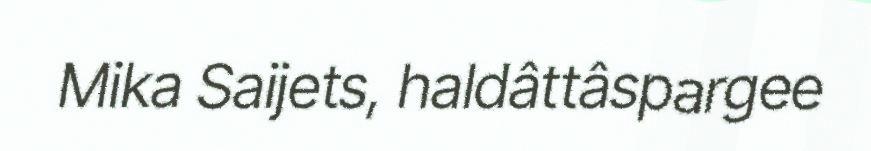
Mika Saijets, haldâttâspargee